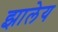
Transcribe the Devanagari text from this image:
झालेय